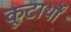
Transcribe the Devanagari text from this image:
कूटार्थों